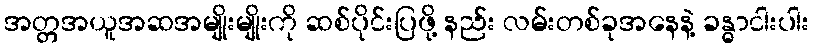
အတ္တအယူအဆအမျိုးမျိုးကို ဆစ်ပိုင်းပြဖို့ နည်း လမ်းတစ်ခုအနေနဲ့ ခန္ဓာငါးပါး